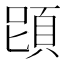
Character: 𩒁